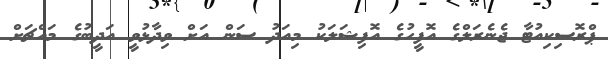
ޕްރޮސިކިއުޓާ ޖެނެރަލްގެ އޮފީހުގެ އޮފިޝަލަކު މިއަދު ސަން އަށް ވިދާޅުވީ އަދީބުގެ މައްޗަށް